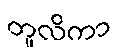
တူလိကာ